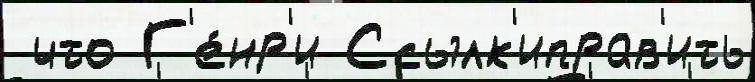
 что Г'е́нр'и Ссылк'иправ'ить